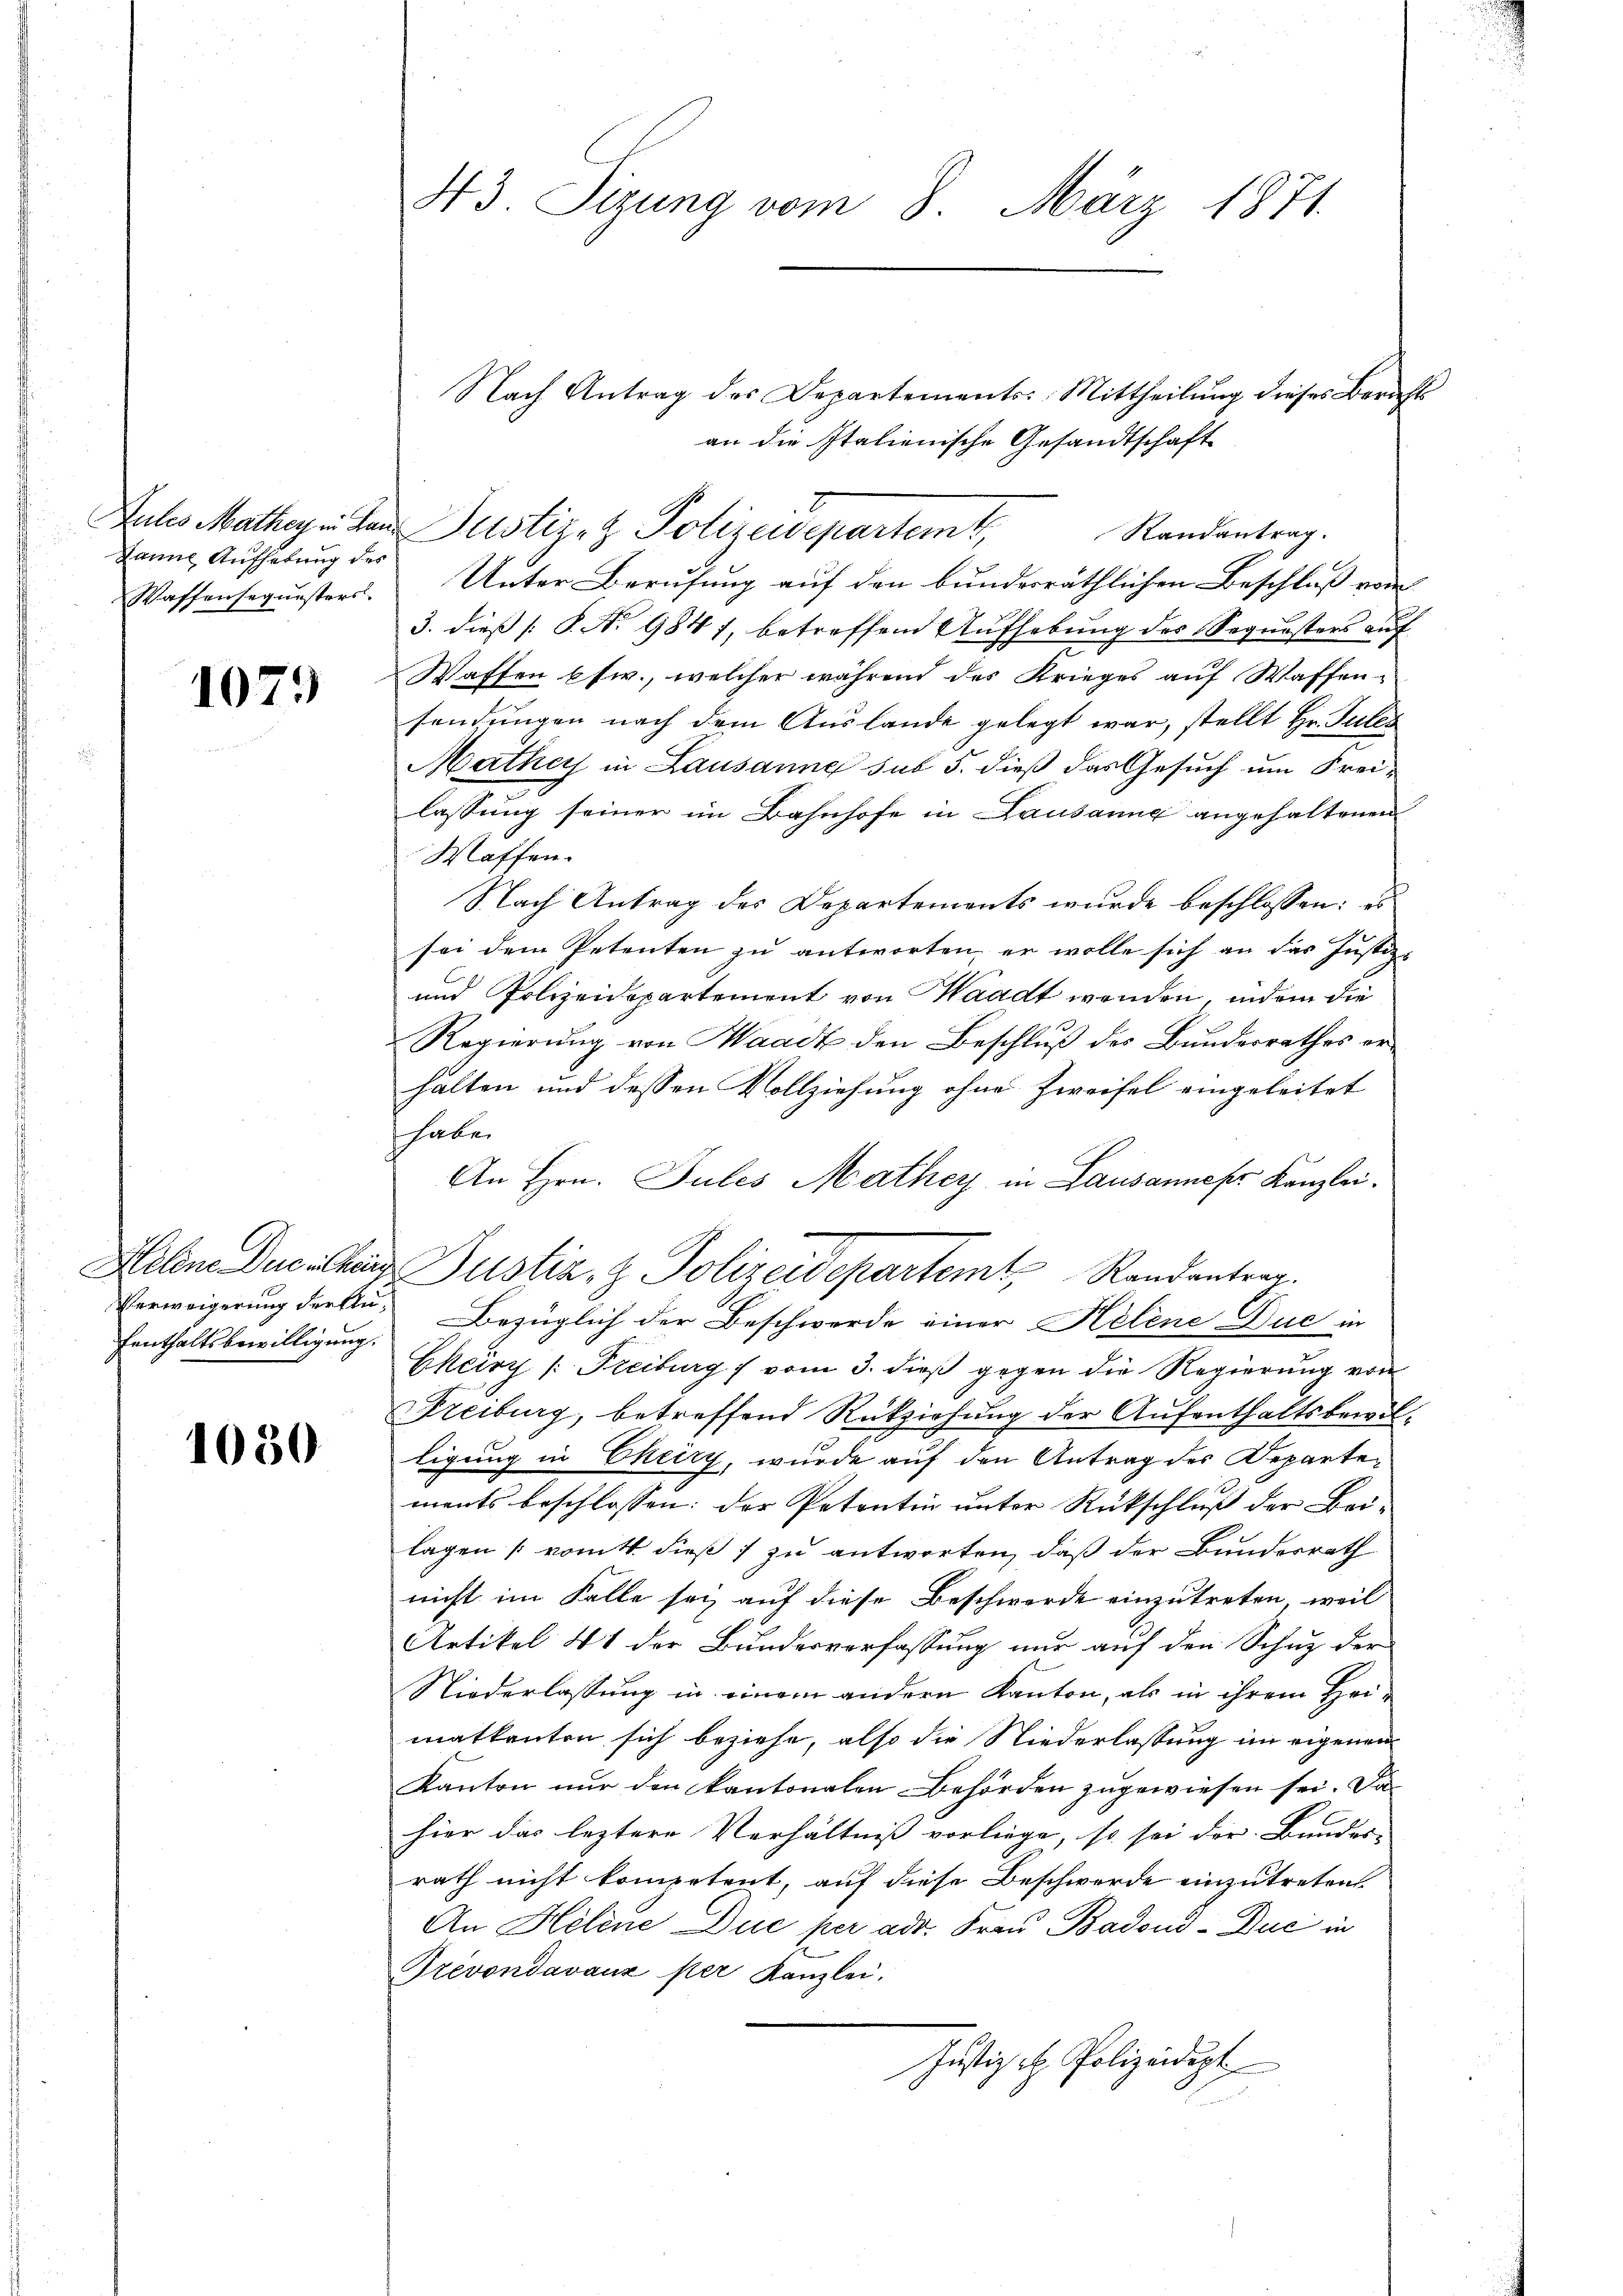
Janne Aufhebung des

1079

Verweigerung der Ku¬
Fenthaltsbewilligung.

1080

H3. Tigung vom 8. März 1871.

Nach Antrag des Departements: Mittheilung dieses Berichts
an die Italienische Gesandtschaft
Zules Mathe in der Justiz- & Polizeidepartemt,
Randantrag.
Wassenseqŭestors. Unter Berufung auf den bunderräthlichen Beschluß vom
3. dieß P. Nr. 9847, betreffend Aufhebung des Sequesters auf
Waffen usw., welcher während des Krieges auf Waffensendungen nach dem Auslande gelegt war, stellt Hr. Pules
Mathe in Lausanne sub 5. dieß das Gesuch um Frei-
lassung seiner im Bahnhofe in Lausanne angehaltenen
Waffen.
Nach Antrag des Departements wurde beschlossen: es
sei dem Petenten zu antworten, er wolle sich an das Justiz-
und Polizeidepartement von Waadt wenden, indem die
Regierung von Waadt den Beschluß des Bundesrathes erhalten und dessen Vollziehung ohne Zweifel eingeleitet
haben
An Hrn. Jules Mathey in Lausannesr Kanzlei.
Helen Decillen Justiz & Polizeidepartemt, Randantrag.
Bezüglich der Beschwerde einer Helene Duc in
Ekeirz /: Freiburg / vom 3. dieß gegen die Regierung von
Freiburg, betreffend Rückziehung der Aufenthaltsbewilligung in Ekeiry, wurde auf den Antrag der Departements beschlossen: der Petentin unter Rückschluß der Bei-
lagen [vomtt dieß zu antworten, daß der Bundesrath
nicht im Falle sei auf diese Beschwerde einzutreten, weil
Artikel 41 der Bundesverfassung nur auf den Schuz der
Niederlassung in einem andern Kanton, als in ihrem Heimatkanten sich beziehe, also die Niederlassung im eigenen
Kanton nur den kantonalen Behörden zugewiesen sei. Das
hier das leztere Verhältniß vorliege, so sei der Bundes- |
rath nicht kompetent, auf diese Beschwerde einzutreten.
An Helene Duc per adr. Frau Badend-Duc in
Prévondavaux per Kanzlei.
Justiz u. Polizeidigt